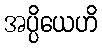
အပ္ပိယေဟိ